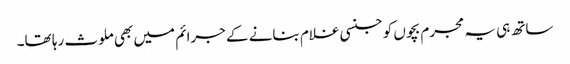
ساتھ ہی یہ مجرم بچوں کو جنسی غلام بنانے کے جرائم میں بھی ملوث رہا تھا۔